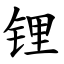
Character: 锂